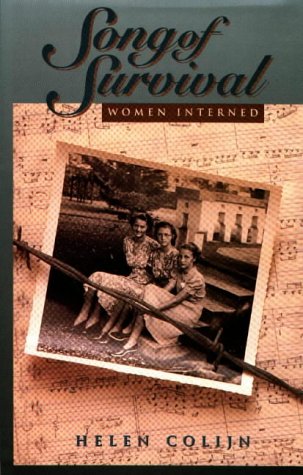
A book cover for Song of Survival: Women Interned; Helen Colijn; History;